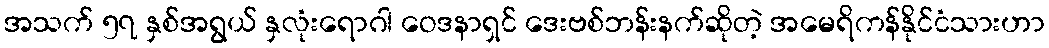
အသက် ၅၇ နှစ်အရွယ် နှလုံးရောဂါ ဝေဒနာရှင် ဒေးဗစ်ဘန်းနက်ဆိုတဲ့ အမေရိကန်နိုင်ငံသားဟာ